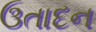
ઉતાદન